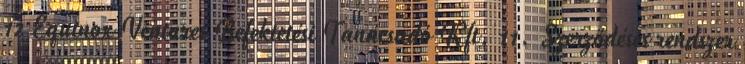
12 Equinox Ventures Befektetési Tanácsadó Kft. 11. Szerződéses rendszer